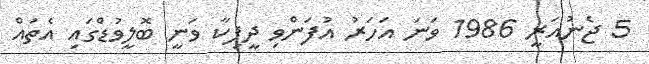
5 ޖެނުއަރީ 1986 ވަނަ އަހަރު އުފަންވި ދީޕިކާ ވަނީ ބޮލީވުޑްގައި އެތައް